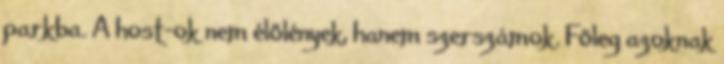
parkba. A host-ok nem élőlények, hanem szerszámok. Főleg azoknak